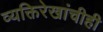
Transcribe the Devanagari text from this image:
व्यक्तिरेखांचीही